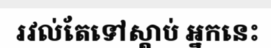
រវល់តែទៅស្តាប់ អ្នកនេះ